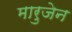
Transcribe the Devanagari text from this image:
मारुजेन